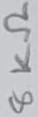
Text: 8KΩ